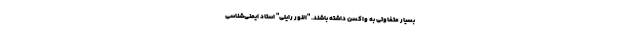
بسیار متفاوتی به واکسن داشته باشند. "النور رایلی" استاد ایمنی‌شناسی